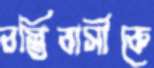
বস্তিবাসীকে